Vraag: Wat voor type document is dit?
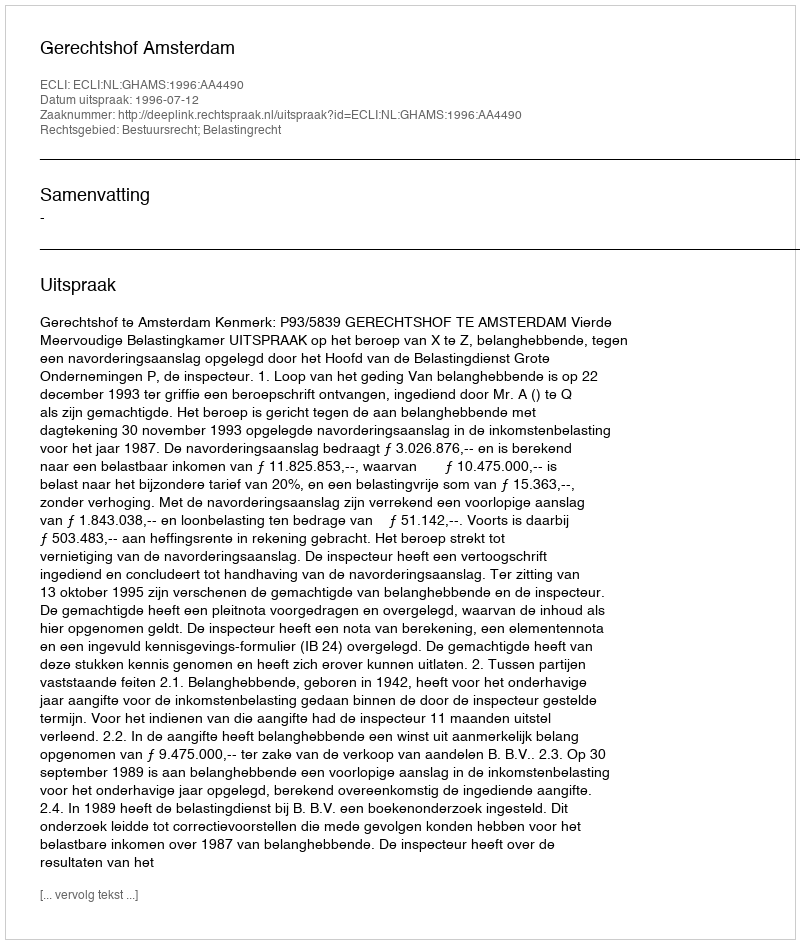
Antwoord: Uitspraak